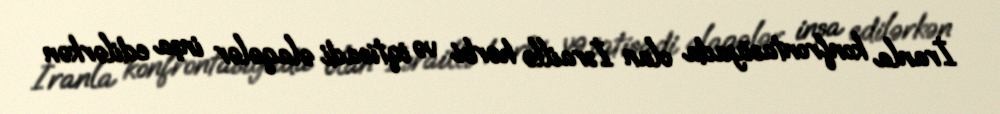
İranla konfrontasiyada olan İsraillə hərbi və iqtisadi əlaqələr inşa edilərkən